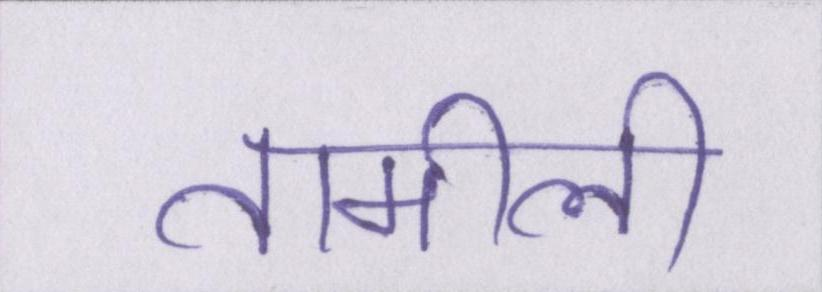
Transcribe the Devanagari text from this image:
तामीली